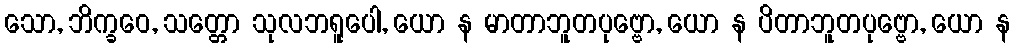
သော, ဘိက္ခဝေ, သတ္တော သုလဘရူပေါ, ယော န မာတာဘူတပုဗ္ဗော, ယော န ပိတာဘူတပုဗ္ဗော, ယော န